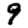
Digit: 9